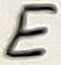
Text: E